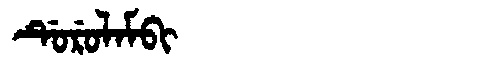
Manchu: ᡩᡠᡵᡠᠯᠠᠮᠪᡳ
Romanization: DURULAMBI